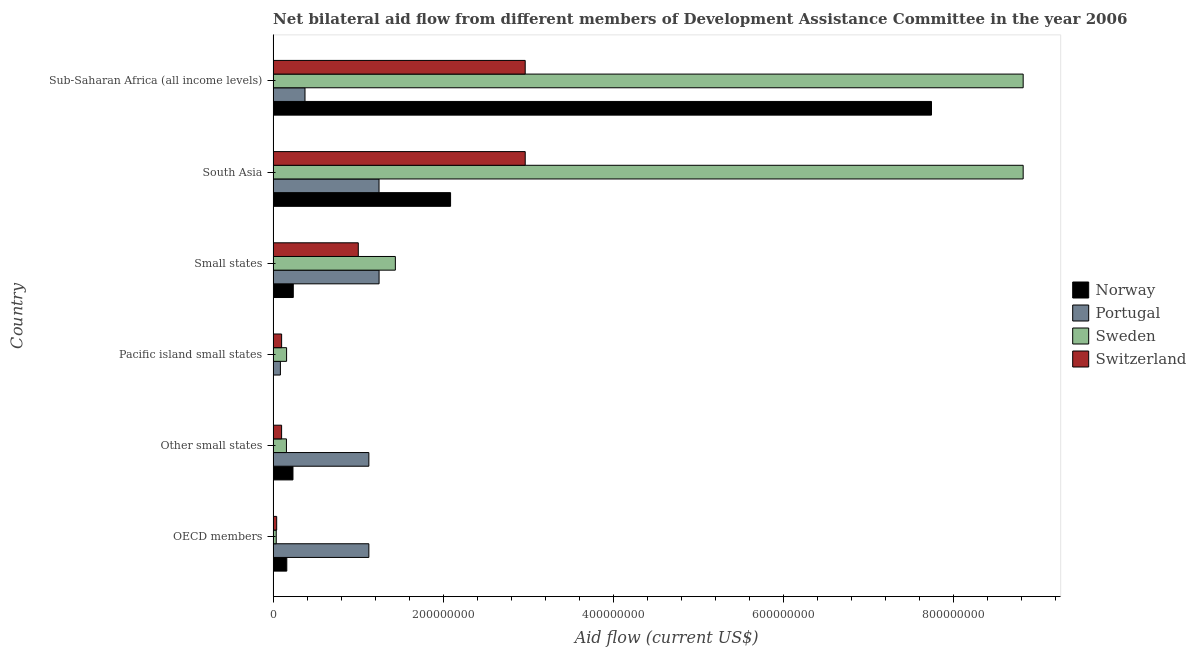
| Country | Norway | Portugal | Sweden | Switzerland |
 | --- | --- | --- | --- | --- |
 | OECD members | 1.61e+07 | 1.13e+08 | 3.67e+06 | 4.2e+06 |
 | Other small states | 2.33e+07 | 1.13e+08 | 1.57e+07 | 9.98e+06 |
 | Pacific island small states | 2e+04 | 8.56e+06 | 1.58e+07 | 1e+07 |
 | Small states | 2.37e+07 | 1.25e+08 | 1.44e+08 | 1e+08 |
 | South Asia | 2.09e+08 | 1.24e+08 | 8.82e+08 | 2.96e+08 |
 | Sub-Saharan Africa (all income levels) | 7.74e+08 | 3.75e+07 | 8.82e+08 | 2.96e+08 |